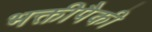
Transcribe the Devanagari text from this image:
भक्तीपैकी